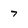
Character: 7